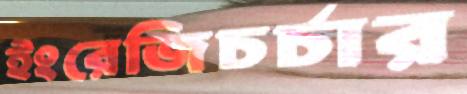
ইংরেজিচর্চার